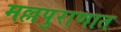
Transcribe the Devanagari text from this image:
मल्लपुराणात